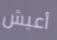
أعيش